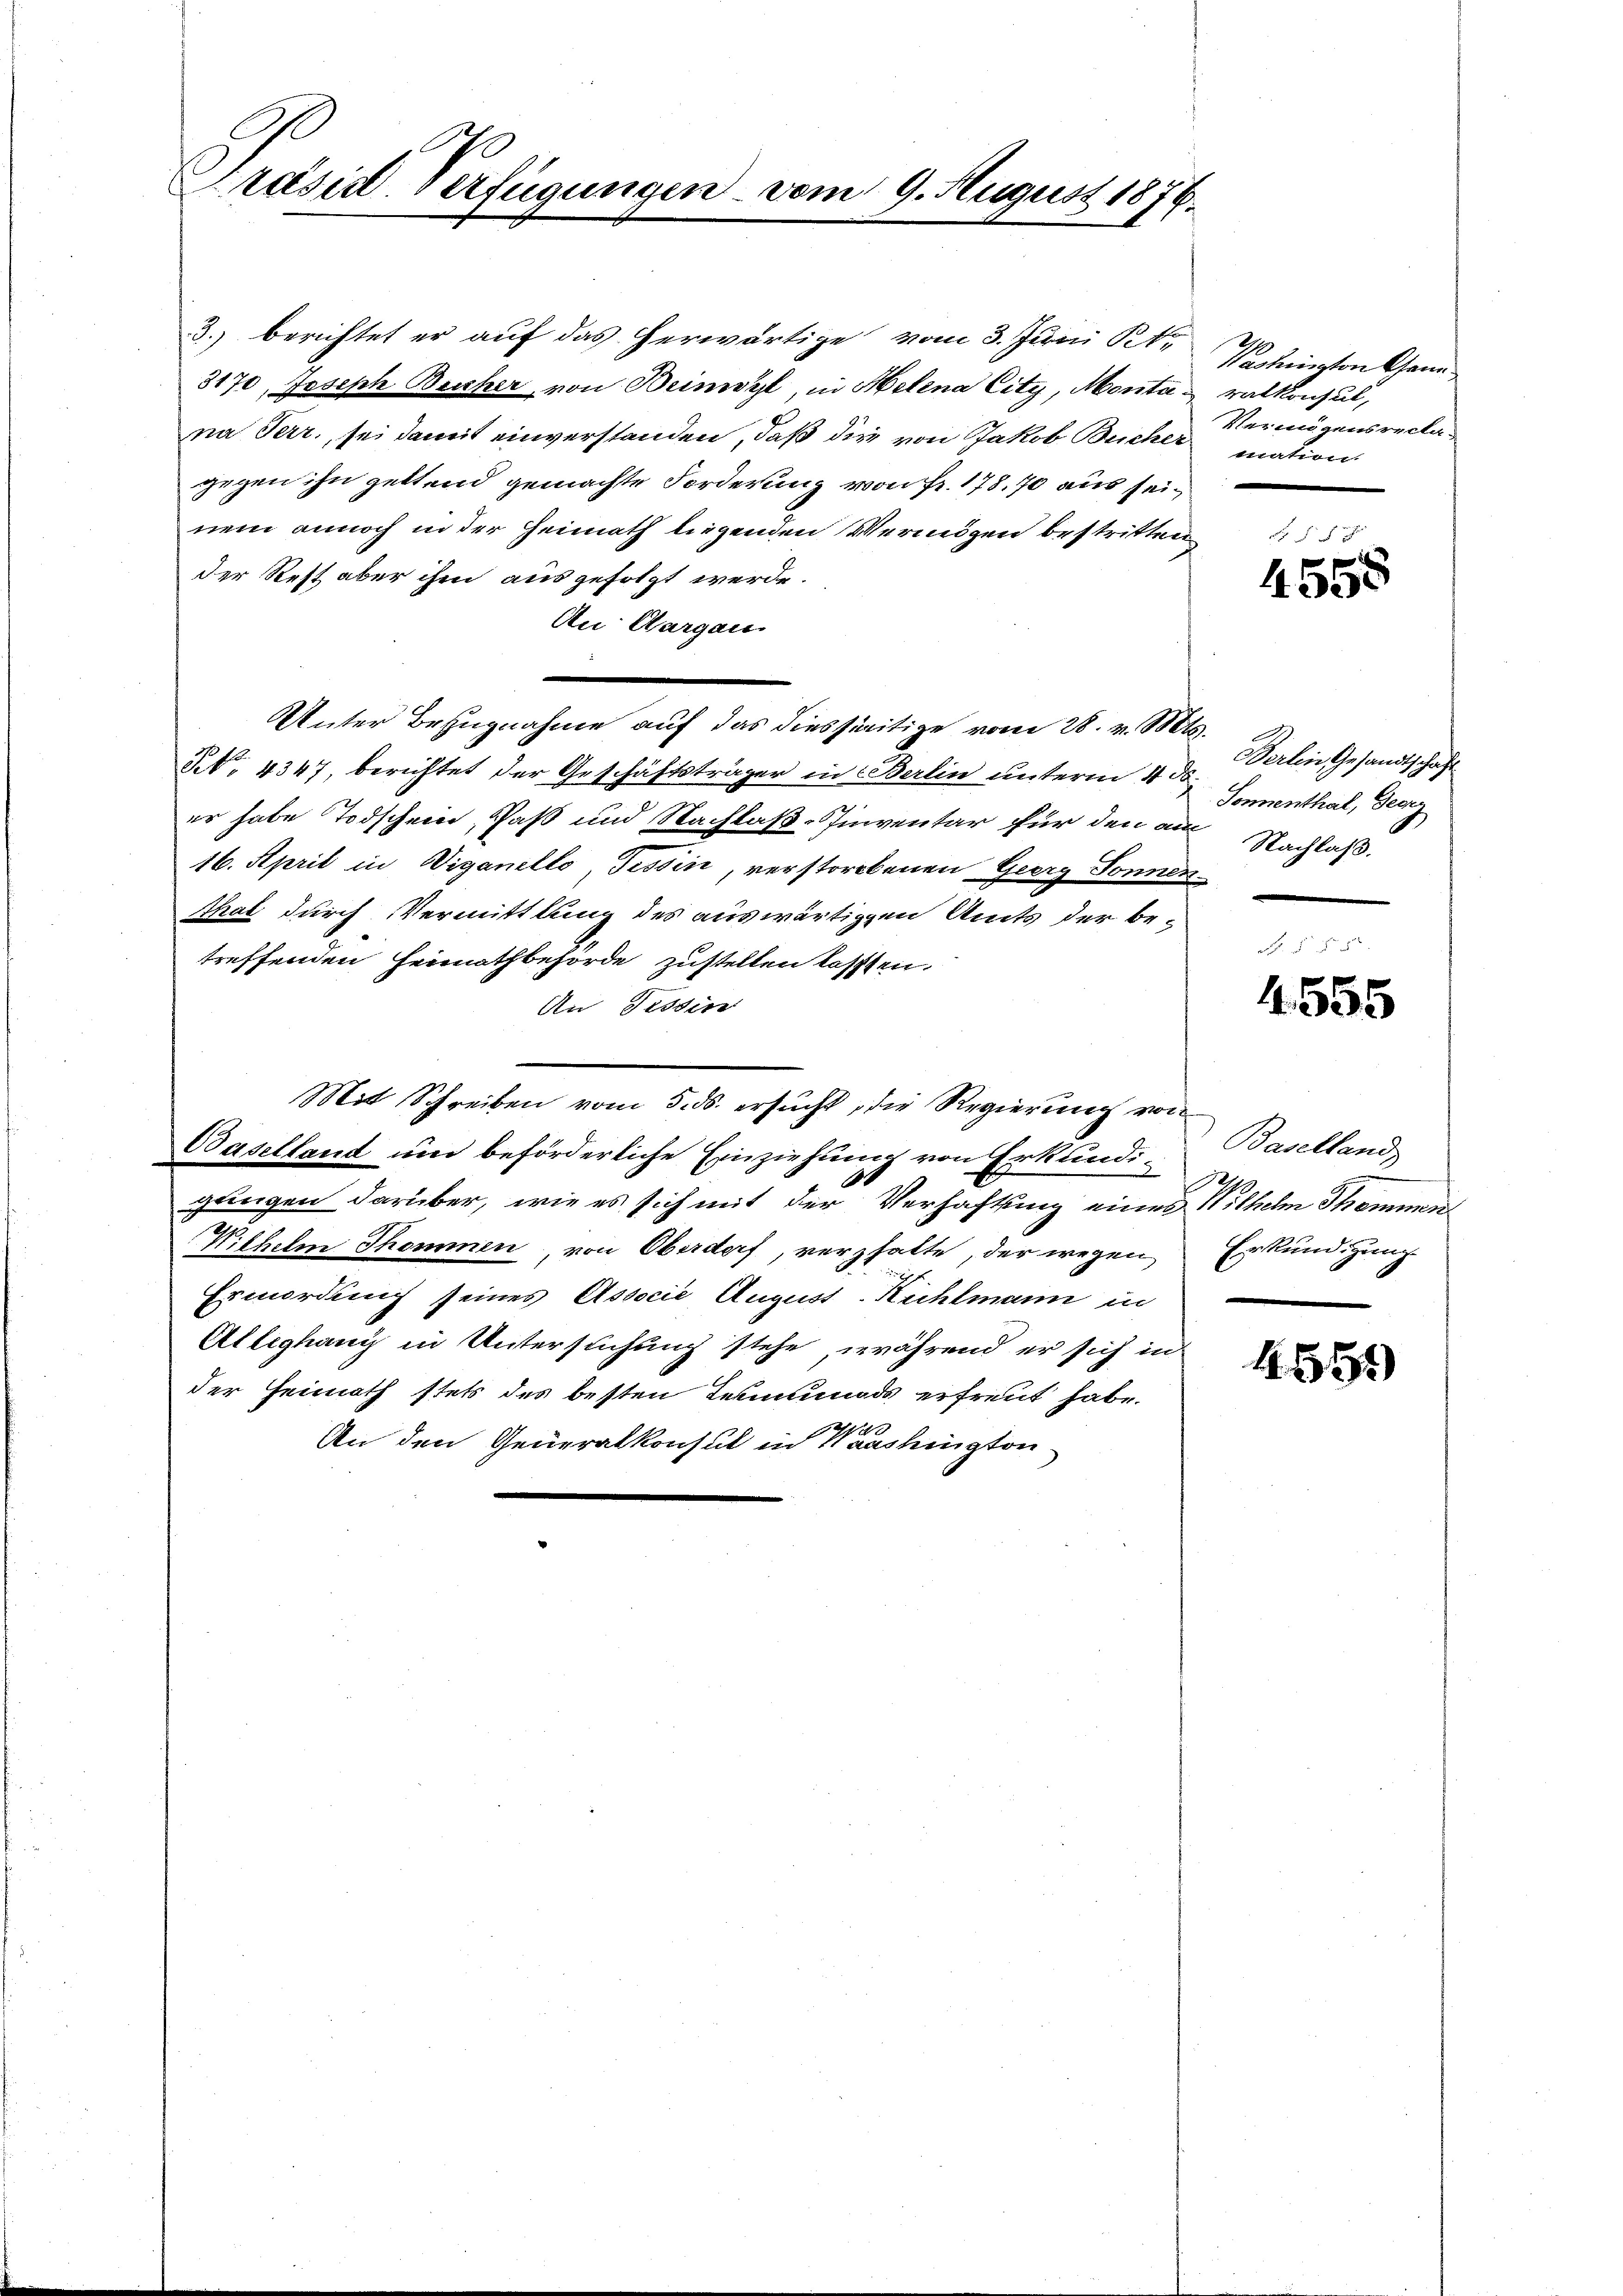
Präsid Verfügungen vom 9. August 1876.

3.) berichtet er auf das herwärtige vom 3. Juni Kt.
3170, Joseph Bescher von Beinwyl, in Helena City, Montana Terr, sei damit einverstanden, daß die von Jakob Bücher
gegen ihn geltend gemachte Forderung von Fr. 178, 70 aus seinem annoch in der Heimath liegenden Vermögen bestritten
der Rest aber ihm ausgefolgt werde.
An Aargau.
Unter Bezugnahme auf das diesseitige vom 28. v. Mts.
No 4347, berichtet der Geschäftsträger in Berlin unterm 4. ds.
er habe Todschein, Paß und Nachlaß-Tinventar für den am Nachlaß.
16. April in Viganello, Tessin, verstorbenen Georg Sonnen-
Thal durch Vermittlung des auswärtigen Amts der betreffenden Heimathbehörde zustellen lassen.
An Tessin
Mit Schreiben vom 5. ds. ersucht, die Regierung von
Baselland und beförderliche Einziehung von Erkundi-
gungen darüber, wie es sich mit der Verhaftung eines Wilhelm Thommen
Wilhelm Thommen, von Oberdorf, verzhalte, der wegen
Ermordung seines Associe August-Kühlmann in
Alleghany in Untersuchung stehe, während er sich in
der Heimath stets des besten Termunds erfreut habe.
1
An den Generalkonsul in Haushington

Washington Generalkonsul,
Vermögensrecla-
mation.

§ §
e
455

Verbeitschandschaft
Sonnenthal, Georg

4555

Baselland
Erkundigung.

4551)